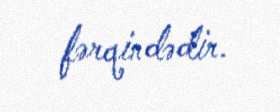
fərqindədir.